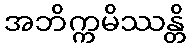
အဘိက္ကမိဿန္တိ